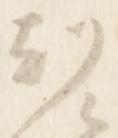
刻